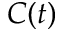
C ( t )